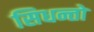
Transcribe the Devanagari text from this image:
सिधन्तो